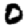
Digit: 0